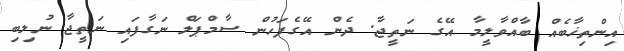
އިންތިޚާބެއް ބާއްވާލީމާ އޭގެ ނަތީޖާ. ދެން އޭގެފަހުން ސާމްޕަލް ނަގާފައި ނަތީޖާ ނުލިބި